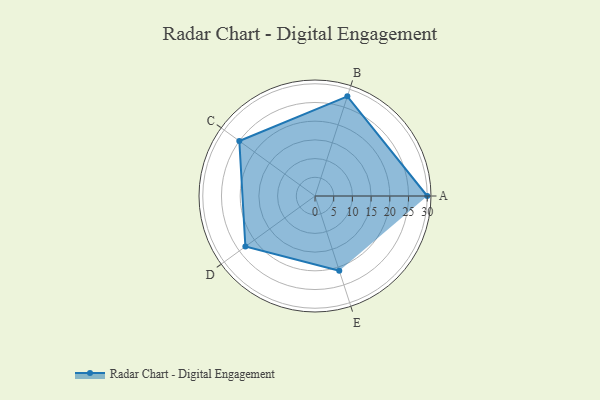
{"axis": {"x": "Skill", "y": "Score"}, "legend": ["Profile"], "data": [{"x": "A", "y": 30.0, "type": "Profile"}, {"x": "B", "y": 28.0, "type": "Profile"}, {"x": "C", "y": 25.0, "type": "Profile"}, {"x": "D", "y": 23.0, "type": "Profile"}, {"x": "E", "y": 21.0, "type": "Profile"}]}